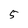
Character: 5